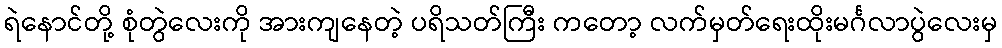
ရဲနောင်တို့ စုံတွဲလေးကို အားကျနေတဲ့ ပရိသတ်ကြီး ကတော့ လက်မှတ်ရေးထိုးမင်္ဂလာပွဲလေးမှ